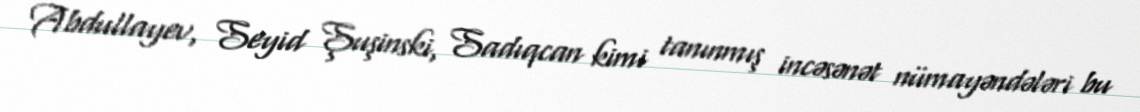
Abdullayev, Seyid Şuşinski, Sadıqcan kimi tanınmış incəsənət nümayəndələri bu